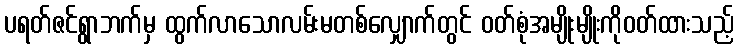
ပရတ်ဇင်ရွာဘက်မှ ထွက်လာသောလမ်းမတစ်လျှောက်တွင် ဝတ်စုံအမျိုးမျိုးကိုဝတ်ထားသည့်